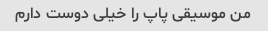
من موسیقی پاپ را خیلی دوست دارم